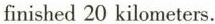
finished 20 kilometers.